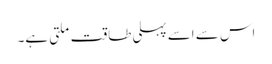
اس سے اسے پہلی طاقت ملتی ہے۔